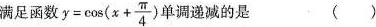
满足函数 $$y = \cos( x + \frac{ \pi } { 4 } )$$ 单调递减的是 ()